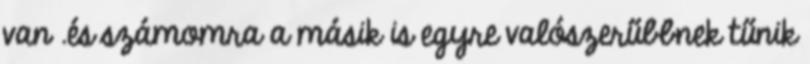
van .és számomra a másik is egyre valószerűbbnek tűnik